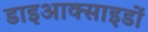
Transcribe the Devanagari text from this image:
डाइआक्साइडों